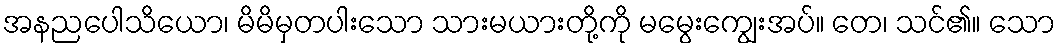
အနညပေါသိယော၊ မိမိမှတပါးသော သားမယားတို့ကို မမွေးကျွေးအပ်။ တေ၊ သင်၏။ သော